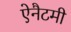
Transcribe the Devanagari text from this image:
ऐनैटमी